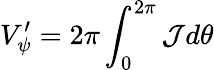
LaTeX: V_{\psi}^{\prime}=2\pi\int_{0}^{2\pi}{\cal J}d\theta